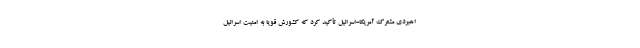
اهبردی مشترک آمریکا-اسرائیل تأکید کرد که کشورش قویاً به امنیت اسرائیل